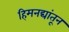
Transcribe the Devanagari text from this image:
हिमनद्यांतून